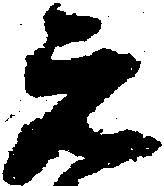
元